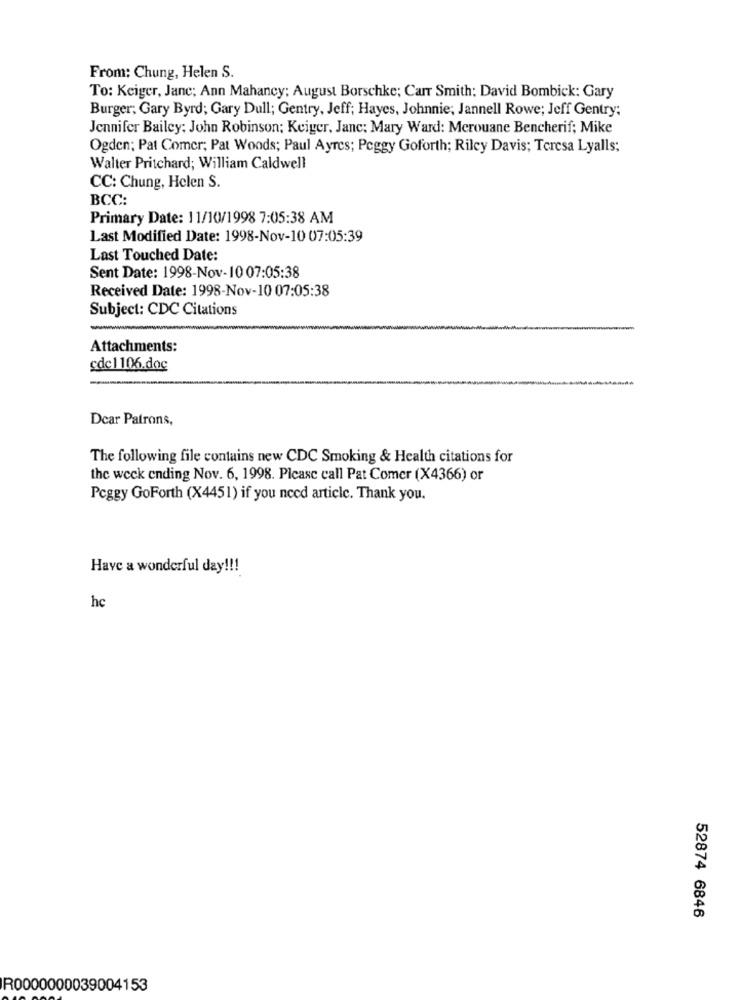
From: Chung, Helen S.
To: Keiger, Jane; Ann Mahancy; August Borschke; Carr Smith; David Bombick: Gary
Burger; Gary Byrd; Gary Dull; Gentry, Jeff; Hayes, Johnnie; Jannell Rowe; Jeff Gentry;
Jennifer Bailey: John Robinson; Keiger, Janc; Mary Ward: Merouane Bencherif; Mike
Ogden; Pat Comer; Pat Woods; Paul Ayres; Peggy Goforth; Riley Davis; Teresa Lyalls;
Walter Pritchard; William Caldwell
CC: Chung, Helen S.
BCC:
Primary Date: 11/10/1998 7:05:38 AM
Last Modified Date: 1998-Nov-10 07:05:39
Last Touched Date:
Sent Date: 1998-Nov-10 07:05:38
Received Date: 1998-Nov-10 07:05:38
Subject: CDC Citations
Attachments:
cdc1106.doc
Dear Patrons,
The following file contains new CDC Smoking & Health citations for
the week ending Nov. 6, 1998. Please call Pat Comer (X4366) or
Peggy GoForth (X4451) if you need article. Thank you.
Have a wonderful day !!!
hc
52874 6846
R0000000039004153